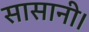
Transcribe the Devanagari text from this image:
सासानी।